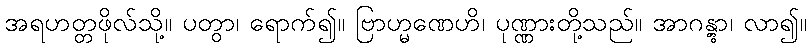
အရဟတ္တဖိုလ်သို့။ ပတွာ၊ ရောက်၍။ ဗြာဟ္မဏေဟိ၊ ပုဏ္ဏားတို့သည်။ အာဂန္တွာ၊ လာ၍။